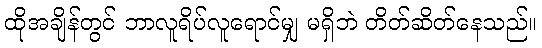
ထိုအချိန်တွင် ဘာလူရိပ်လူရောင်မျှ မရှိဘဲ တိတ်ဆိတ်နေသည်။